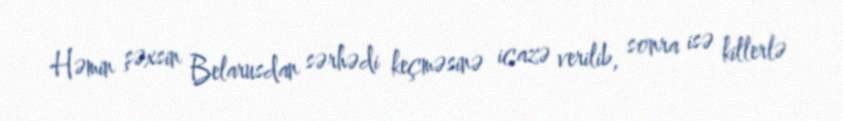
Həmin şəxsin Belarusdan sərhədi keçməsinə icazə verilib, sonra isə killerlə